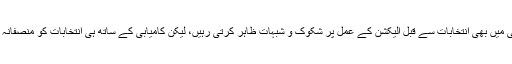
مسلم لیگ (ن) اور پیپلزپارٹی ماضی میں بھی انتخابات سے قبل الیکشن کے عمل پر شکوک و شبہات ظاہر کرتی رہیں، لیکن کامیابی کے ساتھ ہی انتخابات کو منصفانہ اور غیر جانب دارانہ بھی قرار دیا۔